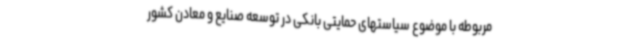
مربوطه با موضوع سیاستهای حمایتی بانکی در توسعه صنایع و معادن کشور